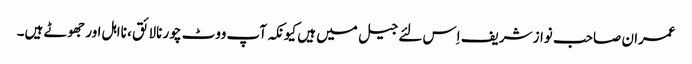
عمران صاحب نواز شریف اِس لئے جیل میں ہیں کیونکہ آپ ووٹ چور نالائق ، نااہل اور جھوٹے ہیں۔